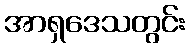
အာရှဒေသတွင်း